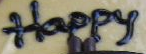
Happy